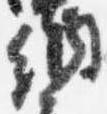
納